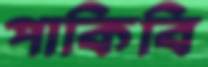
পাকিবি